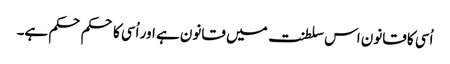
اُسی کا قانون اس سلطنت میں قانون ہے اور اُسی کا حکم حکم ہے۔